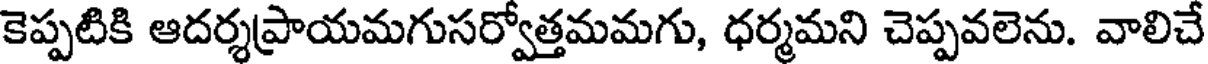
కెప్పటికి ఆదర్శప్రాయమగుసర్వోత్తమమగు, ధర్మమని చెప్పవలెను. వాలిచే